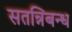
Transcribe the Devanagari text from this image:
सतन्निबन्ध